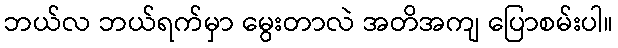
ဘယ်လ ဘယ်ရက်မှာ မွေးတာလဲ အတိအကျ ပြောစမ်းပါ။